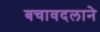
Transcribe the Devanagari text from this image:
बचावदलाने